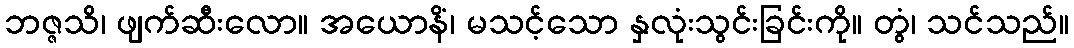
ဘဇ္ဇသိ၊ ဖျက်ဆီးလော။ အယောနိံ၊ မသင့်သော နှလုံးသွင်းခြင်းကို။ တွံ၊ သင်သည်။